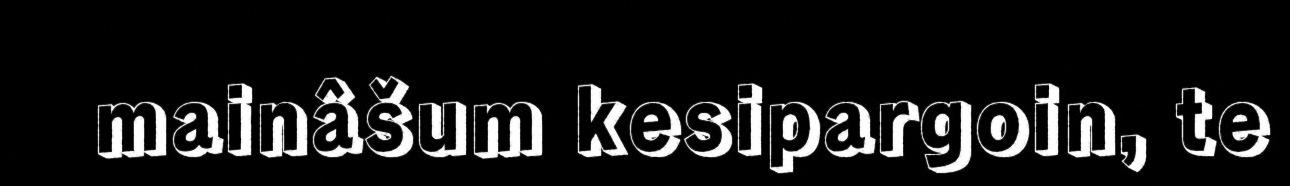
mainâšum kesipargoin, te